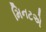
મિનટએ